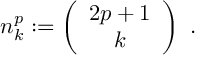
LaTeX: n _ { k } ^ { p } : = \left( \begin{array} { c } { { 2 p + 1 } } \\ { { k } } \end{array} \right) \ .